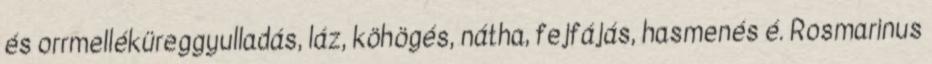
és orrmelléküreggyulladás, láz, köhögés, nátha, fejfájás, hasmenés é. Rosmarinus